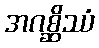
အဂစ္ဆိဿံ